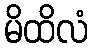
မိထိလံ